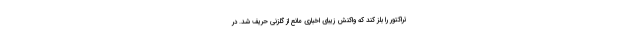
تراکتور را بلز کند که واکنش زیبای اخباری مانع از گلزنی حریف شد. در